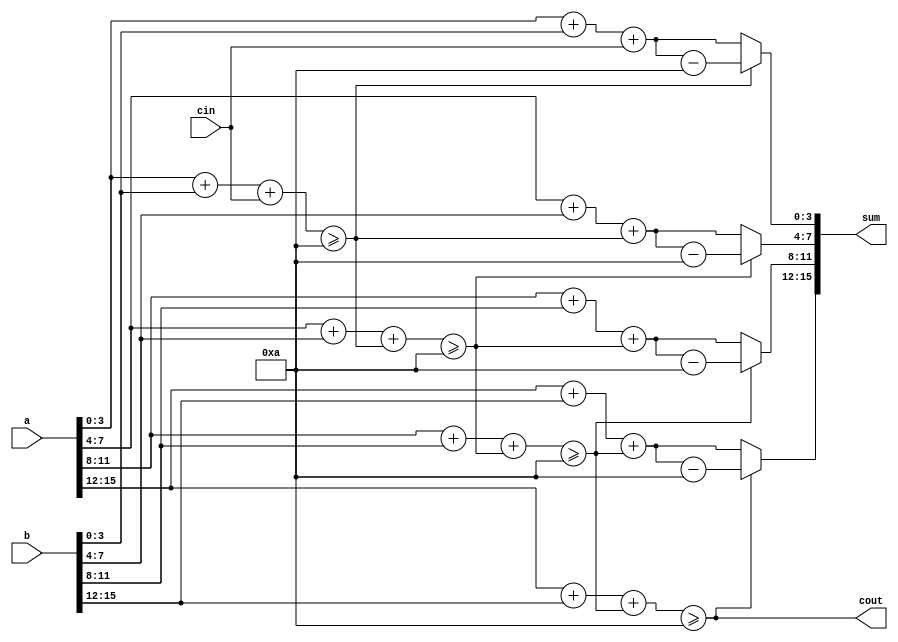
//description: 4-digit BCD ripple-carry adder.
//version:correct vesion
module bcdadd16 ( 
    input [15:0] a, b,
    input cin,
    output cout,
    output [15:0] sum );
    wire d1_of,d2_of,d3_of,d4_of;
    //detect overflow
    assign d1_of = (a[3:0]+b[3:0]+cin) >=5'd10;
    assign d2_of = (a[7:4]+b[7:4]+d1_of) >=5'd10;
    assign d3_of = (a[11:8]+b[11:8]+d2_of) >=5'd10;
    assign d4_of = (a[15:12]+b[15:12]+d3_of) >=5'd10;
    //if overflow minus 10, otherwise add only
    assign sum[3:0] = (d1_of)?(a[3:0]+b[3:0]+cin)-4'd10:(a[3:0]+b[3:0]+cin);
    assign sum[7:4] = (d2_of)?(a[7:4]+b[7:4]+d1_of)-4'd10:(a[7:4]+b[7:4]+d1_of);
    assign sum[11:8] = (d3_of)?(a[11:8]+b[11:8]+d2_of)-4'd10:(a[11:8]+b[11:8]+d2_of);
    assign sum[15:12] = (d4_of)?(a[15:12]+b[15:12]+d3_of)-4'd10:(a[15:12]+b[15:12]+d3_of);
    assign cout = d4_of;
    
endmodule